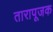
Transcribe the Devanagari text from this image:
तारापूजक